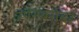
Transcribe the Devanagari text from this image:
स्पेनबरोबर